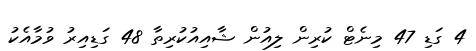
4 ގަޑި 47 މިނެޓް ކުރިން ލިއުން ޝާއިއުކުރިތާ 48 ގަޑިއިރު ވުމާއެކު